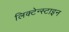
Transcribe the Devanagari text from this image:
लिक्टेन्स्टाइन